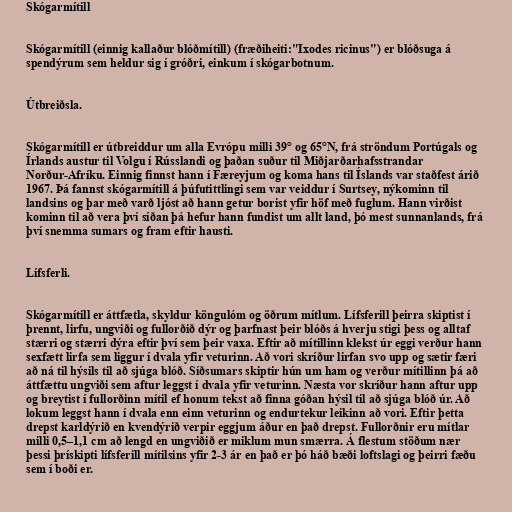
Skógarmítill

Skógarmítill (einnig kallaður blóðmítill) (fræðiheiti:"Ixodes ricinus") er blóðsuga á
spendýrum sem heldur sig í gróðri, einkum í skógarbotnum.

Útbreiðsla.

Skógarmítill er útbreiddur um alla Evrópu milli 39° og 65°N, frá ströndum Portúgals og
Írlands austur til Volgu í Rússlandi og þaðan suður til Miðjarðarhafsstrandar
Norður-Afríku. Einnig finnst hann í Færeyjum og koma hans til Íslands var staðfest árið
1967. Þá fannst skógarmítill á þúfutittlingi sem var veiddur í Surtsey, nýkominn til
landsins og þar með varð ljóst að hann getur borist yfir höf með fuglum. Hann virðist
kominn til að vera því síðan þá hefur hann fundist um allt land, þó mest sunnanlands, frá
því snemma sumars og fram eftir hausti.

Lífsferli.

Skógarmítill er áttfætla, skyldur köngulóm og öðrum mítlum. Lífsferill þeirra skiptist í
þrennt, lirfu, ungviði og fullorðið dýr og þarfnast þeir blóðs á hverju stigi þess og alltaf
stærri og stærri dýra eftir því sem þeir vaxa. Eftir að mítillinn klekst úr eggi verður hann
sexfætt lirfa sem liggur í dvala yfir veturinn. Að vori skríður lirfan svo upp og sætir færi
að ná til hýsils til að sjúga blóð. Síðsumars skiptir hún um ham og verður mítillinn þá að
áttfættu ungviði sem aftur leggst í dvala yfir veturinn. Næsta vor skríður hann aftur upp
og breytist í fullorðinn mítil ef honum tekst að finna góðan hýsil til að sjúga blóð úr. Að
lokum leggst hann í dvala enn einn veturinn og endurtekur leikinn að vori. Eftir þetta
drepst karldýrið en kvendýrið verpir eggjum áður en það drepst. Fullorðnir eru mítlar
milli 0,5–1,1 cm að lengd en ungviðið er miklum mun smærra. Á flestum stöðum nær
þessi þrískipti lífsferill mítilsins yfir 2-3 ár en það er þó háð bæði loftslagi og þeirri fæðu
sem í boði er.